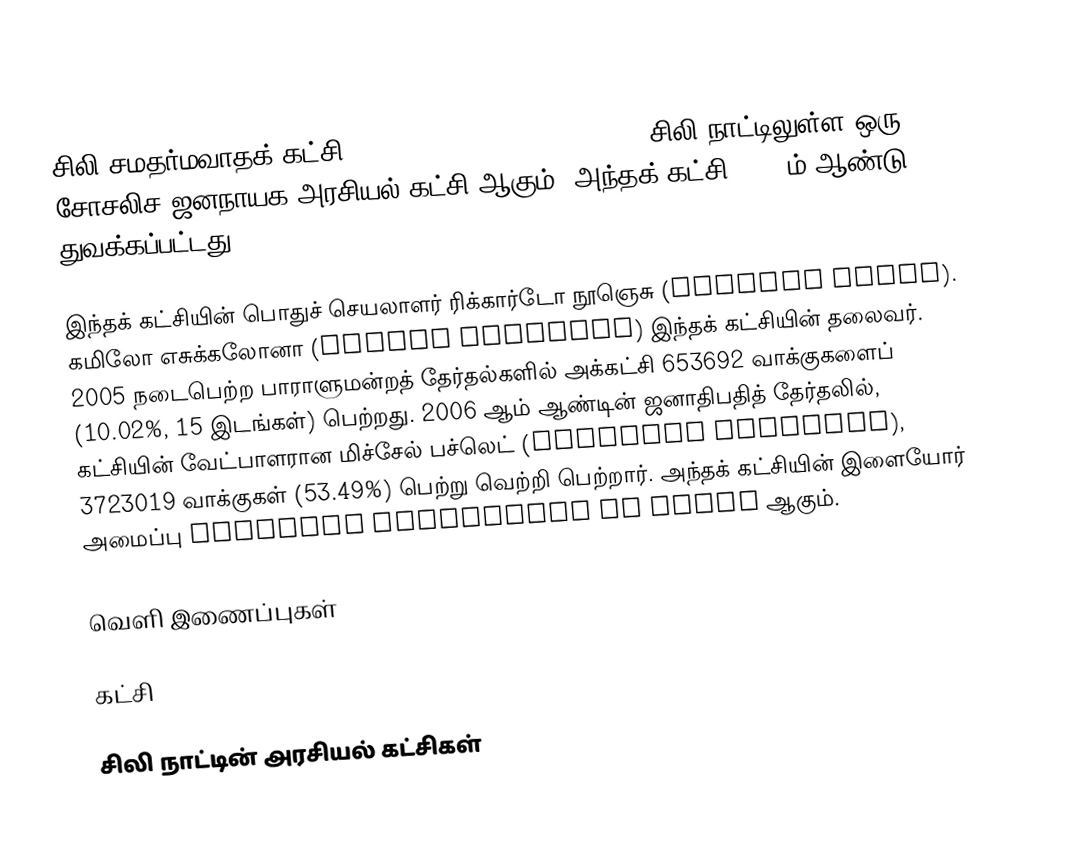
சிலி சமதர்மவாதக் கட்சி (Partido Socialista de Chile) சிலி நாட்டிலுள்ள ஒரு சோசலிச ஜனநாயக அரசியல் கட்சி ஆகும். அந்தக் கட்சி 1933-ம் ஆண்டு துவக்கப்பட்டது.

இந்தக் கட்சியின் பொதுச் செயலாளர் ரிக்கார்டோ நூஞெசு (Ricardo Núñez). கமிலோ எசுக்கலோனா (Camilo Escalona) இந்தக் கட்சியின் தலைவர். 2005 நடைபெற்ற பாராளுமன்றத் தேர்தல்களில் அக்கட்சி 653692 வாக்குகளைப் (10.02%, 15 இடங்கள்) பெற்றது. 2006 ஆம் ஆண்டின் ஜனாதிபதித் தேர்தலில், கட்சியின் வேட்பாளரான மிச்சேல் பச்லெட் (Michelle Bachelet), 3723019 வாக்குகள் (53.49%) பெற்று வெற்றி பெற்றார். அந்தக் கட்சியின் இளையோர் அமைப்பு Juventud Socialista de Chile ஆகும்.

வெளி இணைப்புகள்

கட்சி

சிலி நாட்டின் அரசியல் கட்சிகள்